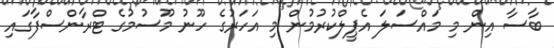
ބާސާ އިން މި މައްސަލަ އެޕީލްކުރުމުން މި އަހަރުގެ ހޫނު މޫސުމުގެ ޓްރާންސްފާގައި